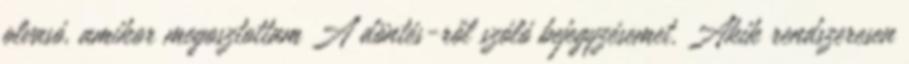
olvasó, amikor megosztottam A döntés-ről szóló bejegyzésemet. Akik rendszeresen